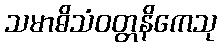
သမာဓိသံဝတ္တနိကေသု